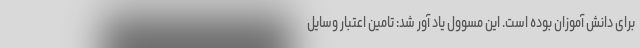
برای دانش آموزان بوده است. این مسوول یاد آور شد: تامین اعتبار وسایل